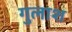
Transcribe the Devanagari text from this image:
गुलाश